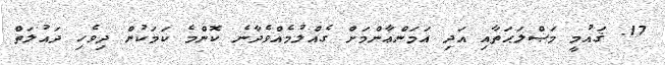
17. ޤައުމީ މަޞްލަޙަތާއި އަދި އަމަންޢާންމަށް ގެއްލުމެއްވެދާނެ ކޮންމެ ކަމަކުން ދިވެހި ދައުލަތް